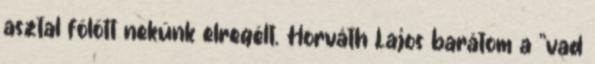
asztal fölött nekünk elregélt. Horváth Lajos barátom a "vad